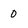
Character: 0